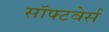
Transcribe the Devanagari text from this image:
सॉफ्टवेर्स